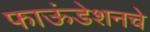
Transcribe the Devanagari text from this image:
फाऊंडेशनचे